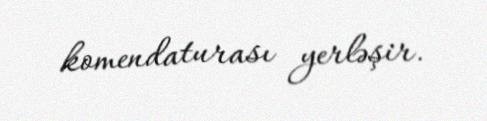
komendaturası yerləşir.